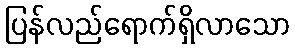
ပြန်လည်ရောက်ရှိလာသော